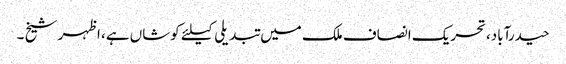
حیدرآباد،تحریک انصاف ملک میں تبدیلی کیلئے کوشاں ہے، اظہر شیخ ۔